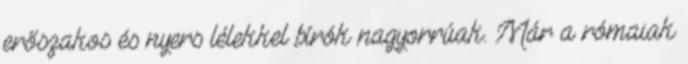
erőszakos és nyers lélekkel bírók nagyorrúak. Már a rómaiak